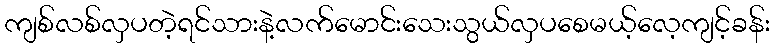
ကျစ်လစ်လှပတဲ့ရင်သားနဲ့လက်မောင်းသေးသွယ်လှပစေမယ့်လေ့ကျင့်ခန်း